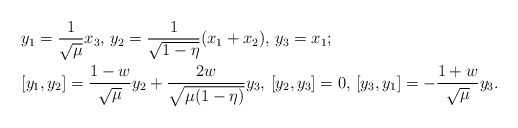
\begin{align*}& y_1=\frac{1}{\sqrt{\mu}}x_3, \, y_2= \frac{1}{\sqrt{1-\eta}}(x_1+x_2),\, y_3= x_1;\\&[y_1,y_2]=\frac{1-w}{\sqrt{\mu}}y_2+\frac{2w}{\sqrt{\mu(1-\eta)}}y_3,\,[y_2,y_3]= 0, \, [y_3,y_1]=-\frac{1+w}{\sqrt{\mu}}y_3.\end{align*}